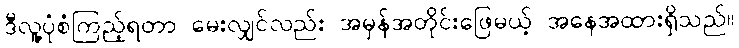
ဒီလူ့ပုံစံကြည့်ရတာ မေးလျှင်လည်း အမှန်အတိုင်းဖြေမယ့် အနေအထားရှိသည်။